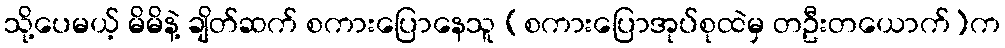
သို့ပေမယ့် မိမိနဲ့ ချိတ်ဆက် စကားပြောနေသူ (စကားပြောအုပ်စုထဲမှ တဦးတယောက်)က